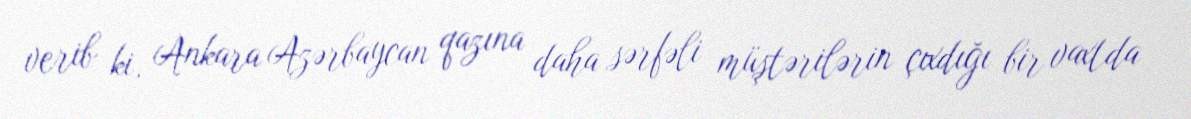
verib ki, Ankara Azərbaycan qazına daha sərfəli müştərilərin çıxdığı bir vaxtda